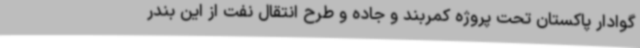
گوادار پاکستان تحت پروژه کمربند و جاده و طرح انتقال نفت از این بندر